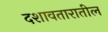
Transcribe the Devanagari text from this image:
दशावतारातील